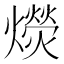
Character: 𰟭